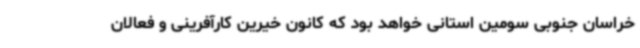
خراسان جنوبی سومین استانی خواهد بود که کانون خیرین کارآفرینی و فعالان